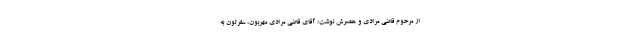
از مرحوم قاضی مرادی و همسرش نوشت: آقای قاضی مرادی مهربون، سفرتون به